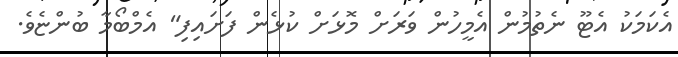
އެކަމަކު އެޓޫ ނެތުމުން އެމީހުން ވަރަށް މޮޅަށް ކުޅެން ފަށައިފި" އެމްބޯމާ ބުންޏެވެ.